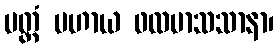
ပတ္တံ ပဟာယ ဖလမာသသာနာ၊